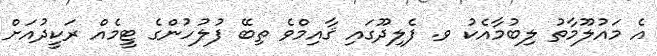
އެ މައުލޫމާތު ލިބުމާއެކު ވ. ފެލިދޫގައި ޤާއިމްވެ ތިބޭ ފުލުހުންގެ ޓީމެއް ރަކީދުއަށް